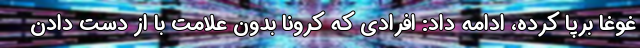
غوغا برپا کرده، ادامه داد: افرادی که کرونا بدون علامت با از دست دادن